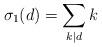
LaTeX: \begin{align*}\sigma_1(d) = \sum_{k \mid d} k\end{align*}